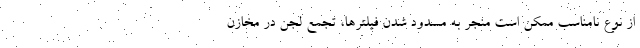
از نوع نامناسب ممکن است منجر به مسدود شدن فیلترها، تجمع لجن در مخازن